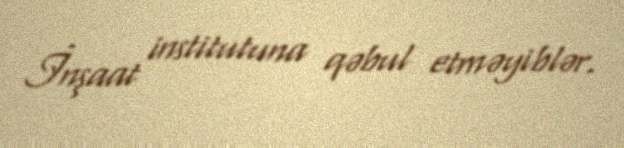
İnşaat institutuna qəbul etməyiblər.